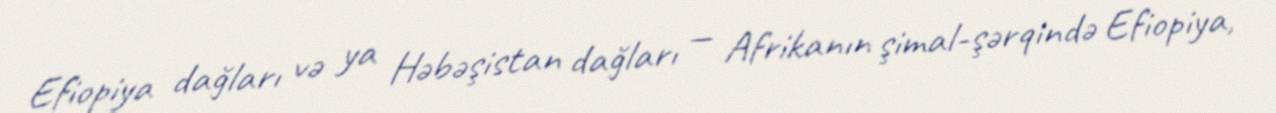
Efiopiya dağları və ya Həbəşistan dağları — Afrikanın şimal-şərqində Efiopiya,